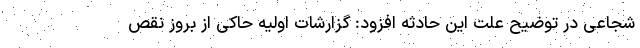
شجاعی در توضیح علت این حادثه افزود: گزارشات اولیه حاکی از بروز نقص